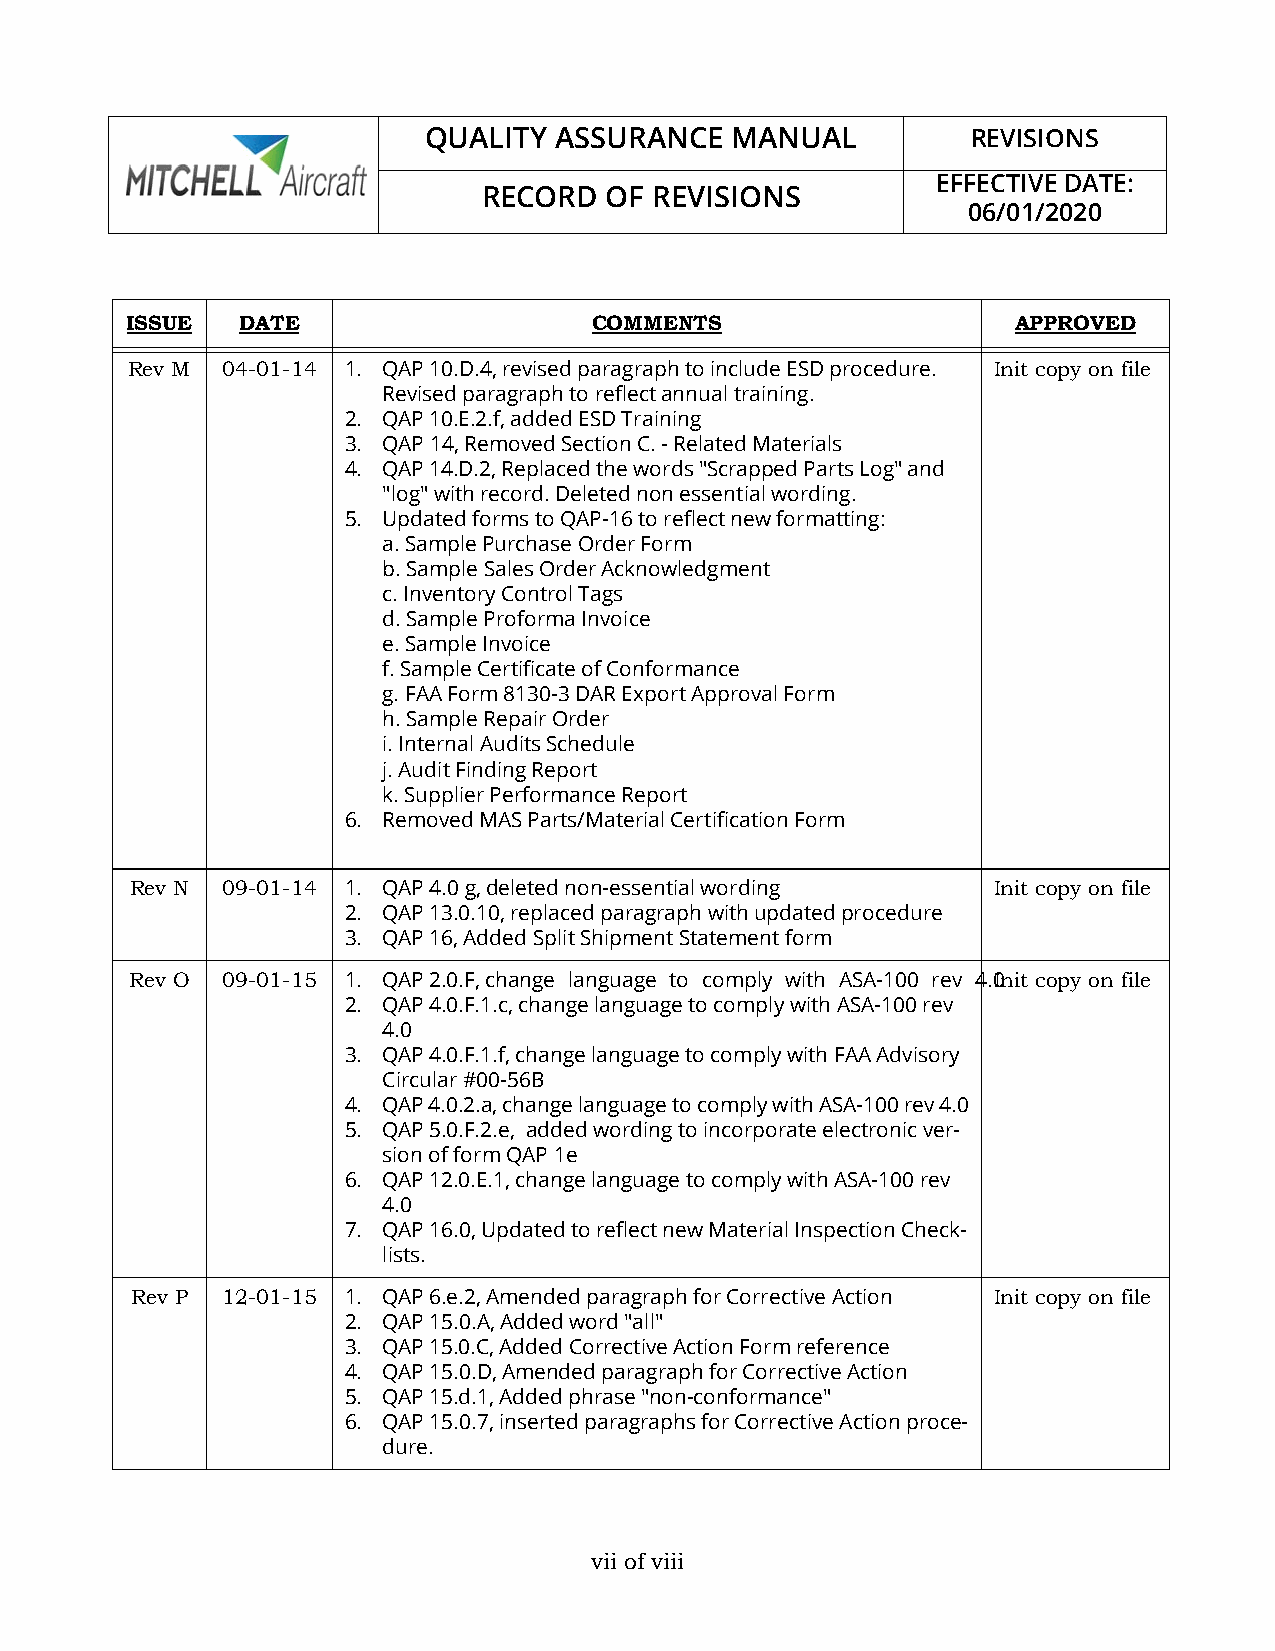
QUALITY  ASSURANCE  MANUAL          REVISIONS
 EFFECTIVE DATE:
 RECORD  OF REVISIONS
 06/01/2020
 ISSUE   DATE                   COMMENTS                    APPROVED
 Rev M  04-01-14 1. QAP 10.D.4, revised paragraph to include ESD procedure. Init copy on file
 Revised paragraph to reflect annual training.
 2. QAP 10.E.2.f, added ESD Training
 3. QAP 14, Removed Section C. - Related Materials
 4. QAP 14.D.2, Replaced the words "Scrapped Parts Log" and
 "log" with record. Deleted non essential wording.
 5. Updated forms to QAP-16 to reflect new formatting:
 a. Sample Purchase Order Form
 b. Sample Sales Order Acknowledgment
 c. Inventory Control Tags
 d. Sample Proforma Invoice
 e. Sample Invoice
 f. Sample Certificate of Conformance
 g. FAA Form 8130-3 DAR Export Approval Form
 h. Sample Repair Order
 i. Internal Audits Schedule
 j. Audit Finding Report
 k. Supplier Performance Report
 6. Removed MAS Parts/Material Certification Form
 Rev N 09-01-14 1. QAP 4.0 g, deleted non-essential wording Init copy on file
 2. QAP 13.0.10, replaced paragraph with updated procedure
 3. QAP 16, Added Split Shipment Statement form
 Rev O 09-01-15 1. QAP 2.0.F, change language to comply with ASA-100 rev 4.0Init copy on file
 2. QAP 4.0.F.1.c, change language to comply with ASA-100 rev
 4.0
 3. QAP 4.0.F.1.f, change language to comply with FAA Advisory
 Circular #00-56B
 4. QAP 4.0.2.a, change language to comply with ASA-100 rev 4.0
 5. QAP 5.0.F.2.e, a dded wording to incorporate electronic ver-
 sion of form QAP 1e
 6. QAP 12.0.E.1, change language to comply with ASA-100 rev
 4.0
 7. QAP 16.0, Updated to reflect new Material Inspection Check-
 lists.
 Rev P 12-01-15 1. QAP 6.e.2, Amended paragraph for Corrective Action Init copy on file
 2. QAP 15.0.A, Added word "all"
 3. QAP 15.0.C, Added Corrective Action Form reference
 4. QAP 15.0.D, Amended paragraph for Corrective Action
 5. QAP 15.d.1, Added phrase "non-conformance"
 6. QAP 15.0.7, inserted paragraphs for Corrective Action proce-
 dure.
 vii of viii